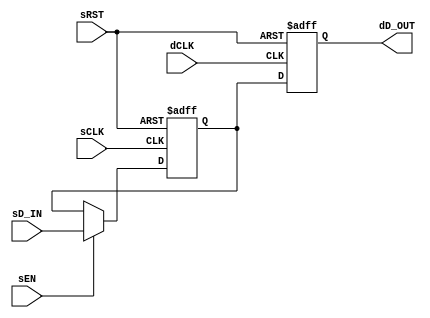

`ifdef BSV_ASSIGNMENT_DELAY
`else
  `define BSV_ASSIGNMENT_DELAY
`endif

`ifdef BSV_POSITIVE_RESET
  `define BSV_RESET_VALUE 1'b1
  `define BSV_RESET_EDGE posedge
`else
  `define BSV_RESET_VALUE 1'b0
  `define BSV_RESET_EDGE negedge
`endif



// A one bit data synchronization module, where data is synchronized
// by passing through ONLY ONE register of the destination clock.
module SyncBit1 (
                sCLK,
                sRST,
                dCLK,
                sEN,
                sD_IN,
                dD_OUT
                );

   parameter init = 1'b0;       // initial value for all registers

   // Signals on source clock (sCLK)
   input     sCLK;
   input     sRST;
   input     sEN;
   input     sD_IN;

   // Signals on destination clock (dCLK)
   input     dCLK;
   output    dD_OUT;

   reg       sSyncReg;
   reg       dSyncReg1;

   assign    dD_OUT = dSyncReg1 ;

   always @(posedge sCLK or `BSV_RESET_EDGE sRST)
      begin
         if (sRST == `BSV_RESET_VALUE)
           begin
              sSyncReg <= `BSV_ASSIGNMENT_DELAY init ;
           end // if (sRST == `BSV_RESET_VALUE)
         else
           begin
              if ( sEN )
                begin
                   sSyncReg <= `BSV_ASSIGNMENT_DELAY sD_IN ;
                end // if ( sEN )
           end // else: !if(sRST == `BSV_RESET_VALUE)
      end // always @ (posedge sCLK or `BSV_RESET_EDGE sRST)

   always @(posedge dCLK or `BSV_RESET_EDGE sRST)
      begin
         if (sRST == `BSV_RESET_VALUE)
            begin
               dSyncReg1 <= `BSV_ASSIGNMENT_DELAY init ;
            end // if (sRST == `BSV_RESET_VALUE)
         else
           begin
              dSyncReg1 <= `BSV_ASSIGNMENT_DELAY sSyncReg ; // clock domain crossing
           end // else: !if(sRST == `BSV_RESET_VALUE)
      end // always @ (posedge dCLK or `BSV_RESET_EDGE sRST)

`ifdef BSV_NO_INITIAL_BLOCKS
`else // not BSV_NO_INITIAL_BLOCKS
   // synopsys translate_off
   initial
      begin
         sSyncReg  = init ;
         dSyncReg1 = init ;
      end // initial begin
   // synopsys translate_on
`endif // BSV_NO_INITIAL_BLOCKS

endmodule // BitSync